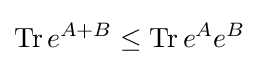
\operatorname {Tr} e^{A+B}\leq \operatorname {Tr} e^{A}e^{B}